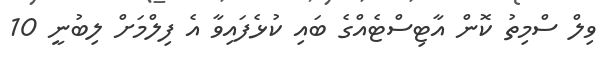
ވިލް ސްމިތު ކޮން އާޓިސްޓެއްގެ ބައި ކުޅެފައިވާ އެ ފިލްމަށް ލިބުނީ 10